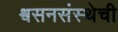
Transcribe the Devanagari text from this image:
श्वसनसंस्थेची